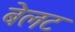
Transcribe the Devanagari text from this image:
बेलट